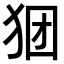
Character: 𪺺